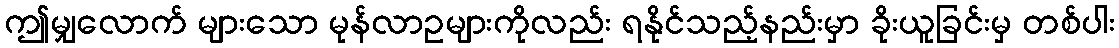
ဤမျှလောက် များသော မုန်လာဥများကိုလည်း ရနိုင်သည့်နည်းမှာ ခိုးယူခြင်းမှ တစ်ပါး